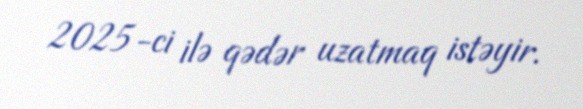
2025-ci ilə qədər uzatmaq istəyir.